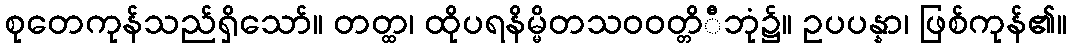
စုတေကုန်သည်ရှိသော်။ တတ္ထ၊ ထိုပရနိမ္မိတသဝဝတ္တိီဘုံ၌။ ဥပပန္နာ၊ ဖြစ်ကုန်၏။